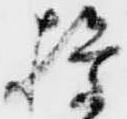
権